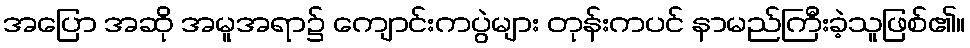
အပြော အဆို အမူအရာ၌ ကျောင်းကပွဲများ တုန်းကပင် နာမည်ကြီးခဲ့သူဖြစ်၏။